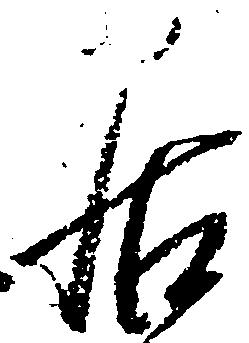
居